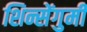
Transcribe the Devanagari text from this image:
शिन्सेंगुमी